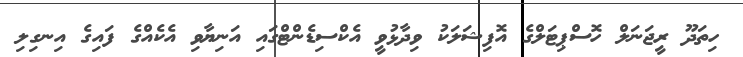
ހިތަދޫ ރީޖަނަލް ހޮސްޕިޓަލްގެ އޮފިޝަލަކު ވިދާޅުވީ އެކްސިޑެންޓްގައި އަނިޔާވި އެކެއްގެ ފައިގެ އިނގިލި